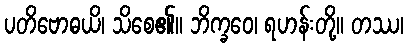
ပတိဗောဓယိ၊ သိစေ၏။ ဘိက္ခဝေ၊ ရဟန်းတို့။ တဿ၊